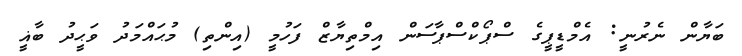
ބަޔާން ނެރުނީ: އެމްޑީޕީގެ ސްޕޯކްސްޕާސަން އިމްތިޔާޒް ފަހުމީ (އިންތި) މުޙައްމަދު ވަޙީދު ބާޣީ